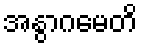
အနွာဂမေတိ